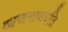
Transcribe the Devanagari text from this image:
व्यजन्प्रथयति